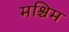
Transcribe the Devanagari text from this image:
मश्चिम